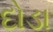
દોડા